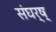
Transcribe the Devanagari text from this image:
संघर्ष्